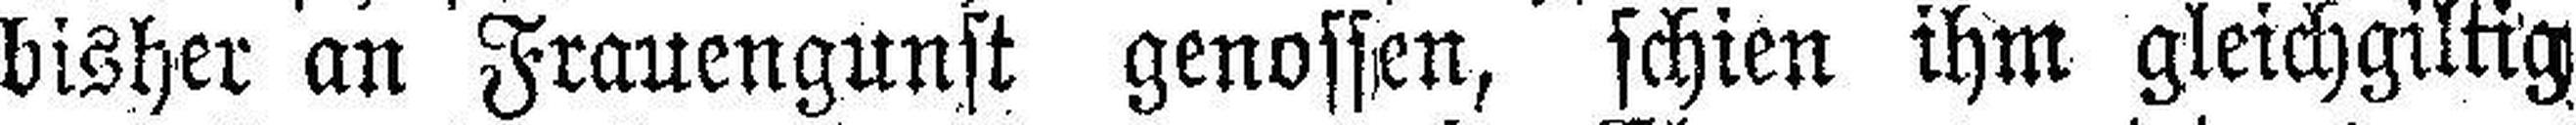
bisher an Frauengunst genossen, schien ihm gleichgiltig